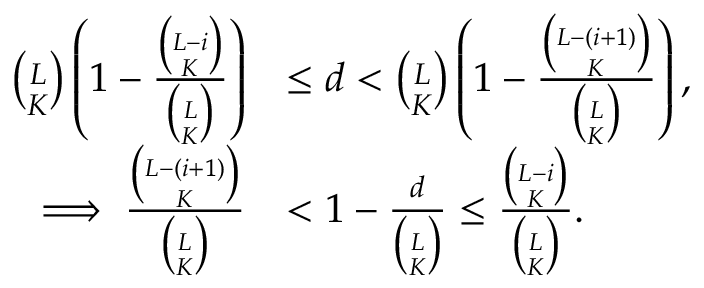
\begin{array} { r l } { \binom { L } { K } \left( 1 - \frac { \binom { L - i } { K } } { \binom { L } { K } } \right) } & { \leq d < \binom { L } { K } \left( 1 - \frac { \binom { L - ( i + 1 ) } { K } } { \binom { L } { K } } \right) , } \\ { \implies \frac { \binom { L - ( i + 1 ) } { K } } { \binom { L } { K } } } & { < 1 - \frac { d } { \binom { L } { K } } \leq \frac { \binom { L - i } { K } } { \binom { L } { K } } . } \end{array}